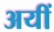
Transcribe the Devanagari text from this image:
अयीं